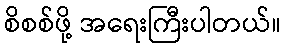
စိစစ်ဖို့ အရေးကြီးပါတယ်။